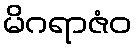
မိဂရာဇံဝ